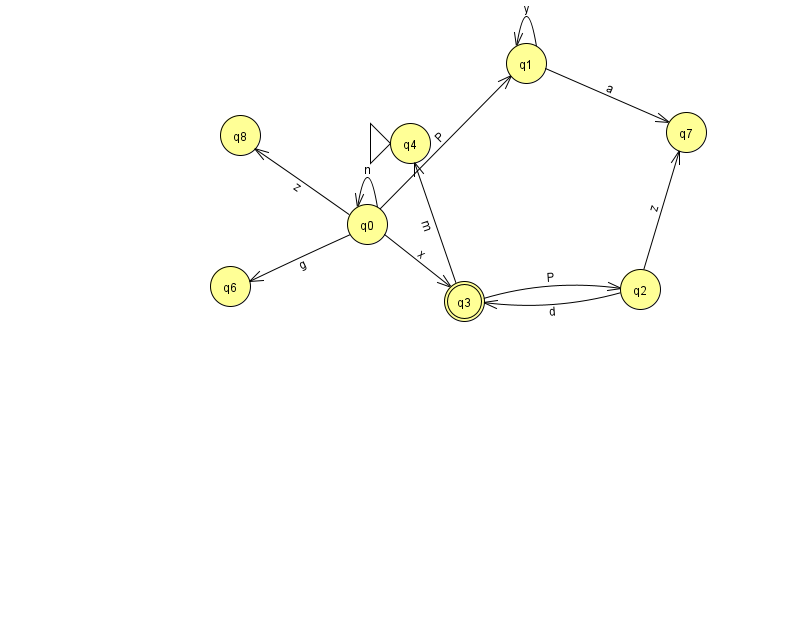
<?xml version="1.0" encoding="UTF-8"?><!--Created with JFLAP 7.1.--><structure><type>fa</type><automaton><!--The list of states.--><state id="0" name="q0"><x>367.0</x><y>211.0</y></state><state id="1" name="q1"><x>526.0</x><y>50.0</y></state><state id="2" name="q2"><x>640.0</x><y>276.0</y></state><state id="3" name="q3"><x>464.0</x><y>288.0</y><final/></state><state id="4" name="q4"><x>410.0</x><y>130.0</y><initial/></state><state id="6" name="q6"><x>230.0</x><y>273.0</y></state><state id="7" name="q7"><x>686.0</x><y>119.0</y></state><state id="8" name="q8"><x>240.0</x><y>122.0</y></state><!--The list of transitions.--><transition><from>1</from><to>7</to><read>a</read></transition><transition><from>3</from><to>4</to><read>m</read></transition><transition><from>0</from><to>6</to><read>g</read></transition><transition><from>0</from><to>8</to><read>z</read></transition><transition><from>0</from><to>3</to><read>x</read></transition><transition><from>0</from><to>1</to><read>P</read></transition><transition><from>1</from><to>1</to><read>y</read></transition><transition><from>2</from><to>3</to><read>d</read></transition><transition><from>2</from><to>7</to><read>z</read></transition><transition><from>0</from><to>0</to><read>n</read></transition><transition><from>3</from><to>2</to><read>P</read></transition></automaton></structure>